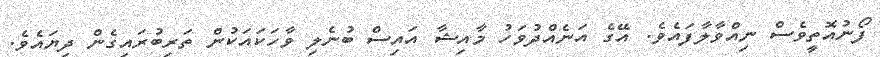
ފޯނުއޮތީވެސް ނިއްވާލާފައެވެ. އޭގެ އަނެއްދުވަހު މާއިޝާ އައިސް ބުނެލި ވާހަކައަކުން ތަރިބުރައިގެން ދިޔައެވެ.